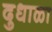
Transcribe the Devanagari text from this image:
दुधाळा